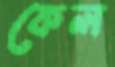
কেল